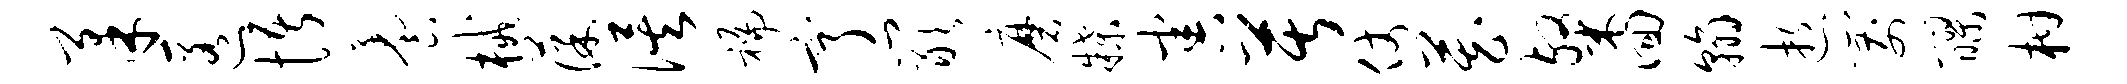
柔匿悟养械葆俟褊亨岩磨牒害苦仗藏粲回翰逝箭醪柑